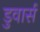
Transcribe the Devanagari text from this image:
डुवार्स